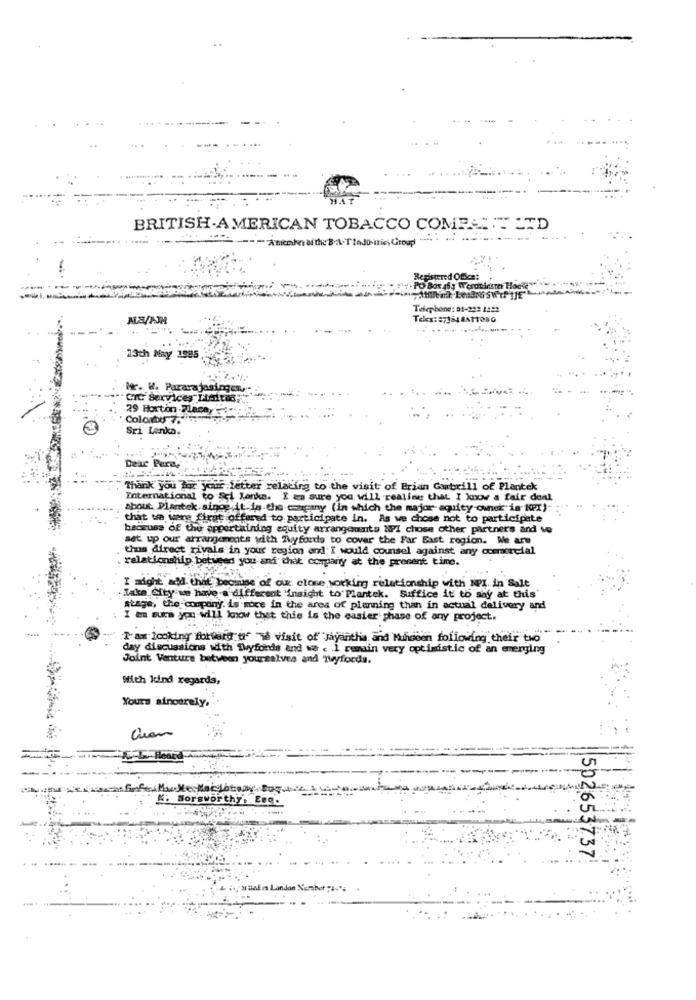
BRITISH AMERICAN TOBACCO COMPACT LTD
-Amember ofthe BATtaJDairies Group
Tarphone: 01-222 1332
Tekx: 27364 BATTOBQ
13th May 1985
Nr. W. Pararajosingen,
.-. CIC Services Limited.
.29 Horton .Place,
. Colarbos 7."1"
Sri Lanka.
Dexc Pere,
Thank you for your letter relating to the visit of Brian Gubrill of Plantek
International to Sel Tanke. X m sure you will realing that I know a fair deal
about Plantek. since it. is-the company (in which the major- equity owner is "PX)
that we were firat offered to participate in. As we chose not to participate
because of the appertaining equity arrangeumts MPI chose other partners and vo
set up our arrangements with Tyfords to cover the Far East region. We are
thus direct rivals in your region and I would counsel against any commercial
relationship between you and that company at the present time.
I might and that because of our close working relationship with NPI in Salt
Lake City ve have a different 'insight to Plantek. Suffice it to say at this'
stage, the company. is moce in the area of planning than in actual delivery and
I am sure you will know that this is the easier' phase of any project.
I am looking forward of The visit of Jayanthia and Monsoon following their two
day discussions with Thyfords and va < 1 remain very optimistic of an emerging
Joint Venture between yoursalves and ywyfords.
With kind regards,
Yours sincerely,
Make-Mailotony Bog-
". Norsworthy. Eng.
502653737